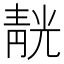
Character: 靗